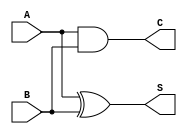
module CurrentModeHalfAdder (
    input wire A,  // Current input (1 or 0)
    input wire B,  // Current input (1 or 0)
    output wire S, // Current output for Sum
    output wire C  // Current output for Carry
);

// Sum output is A XOR B
assign S = A ^ B; // S is high when either A or B is high, but not both

// Carry output is A AND B
assign C = A & B; // C is high when both A and B are high

endmodule